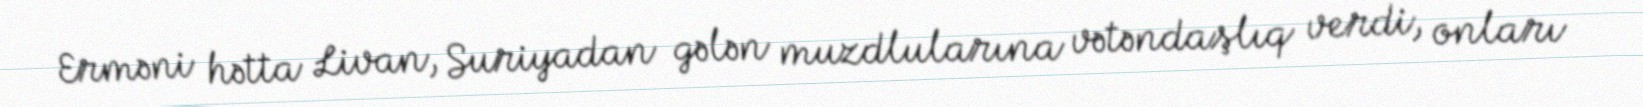
Erməni hətta Livan, Suriyadan gələn muzdlularına vətəndaşlıq verdi, onları